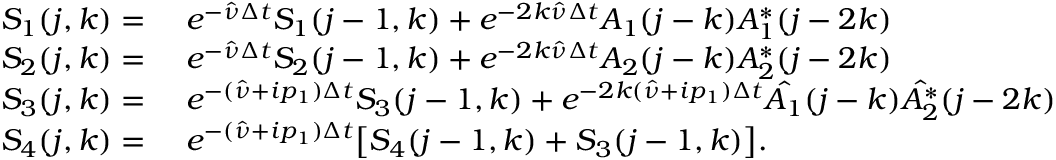
\begin{array} { r l } { S _ { 1 } ( j , k ) = } & { \ e ^ { - \hat { \nu } \Delta t } S _ { 1 } ( j - 1 , k ) + e ^ { - 2 k \hat { \nu } \Delta t } A _ { 1 } ( j - k ) A _ { 1 } ^ { * } ( j - 2 k ) } \\ { S _ { 2 } ( j , k ) = } & { \ e ^ { - \hat { \nu } \Delta t } S _ { 2 } ( j - 1 , k ) + e ^ { - 2 k \hat { \nu } \Delta t } A _ { 2 } ( j - k ) A _ { 2 } ^ { * } ( j - 2 k ) } \\ { S _ { 3 } ( j , k ) = } & { \ e ^ { - ( \hat { \nu } + i p _ { 1 } ) \Delta t } S _ { 3 } ( j - 1 , k ) + e ^ { - 2 k ( \hat { \nu } + i p _ { 1 } ) \Delta t } \hat { A _ { 1 } } ( j - k ) \hat { A _ { 2 } ^ { * } } ( j - 2 k ) } \\ { S _ { 4 } ( j , k ) = } & { \ e ^ { - ( \hat { \nu } + i p _ { 1 } ) \Delta t } \bigl [ S _ { 4 } ( j - 1 , k ) + S _ { 3 } ( j - 1 , k ) \bigr ] . } \end{array}